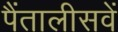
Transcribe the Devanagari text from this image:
पैंतालीसवें